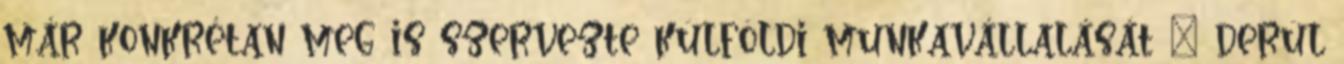
már konkrétan meg is szervezte külföldi munkavállalását – derül